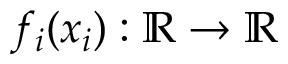
f _ { i } ( x _ { i } ) : \mathbb { R } \to \mathbb { R }